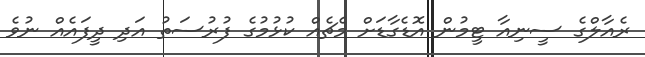
ރެއާލްގެ ސީނިއާ ޓީމުން އޮޑެގާޑަށް މެޗެއް ކުޅުމުގެ ފުރުސަތު އަދި ދީފައެއް ނުވެ